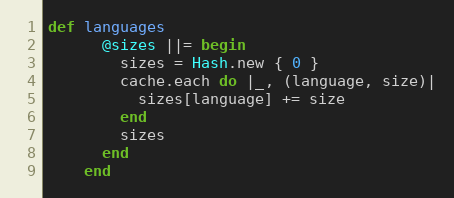
Language: Ruby
def languages
      @sizes ||= begin
        sizes = Hash.new { 0 }
        cache.each do |_, (language, size)|
          sizes[language] += size
        end
        sizes
      end
    end